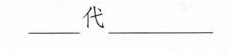
___代___